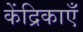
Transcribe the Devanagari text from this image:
केंद्रिकाएँ